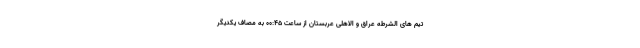
تیم های الشرطه عراق و الاهلی عربستان از ساعت ۰۰:۴۵ به مصاف یکدیگر